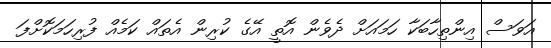
އަވަސް އިންތިހާބަކާ ހަމައަށް ދެވެން އޮތީ އޭގެ ކުރިން އެތައް ކަމެއް ފުރިހަމަކޮށްފަ